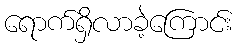
ရောက်ရှိလာခဲ့ကြောင်း